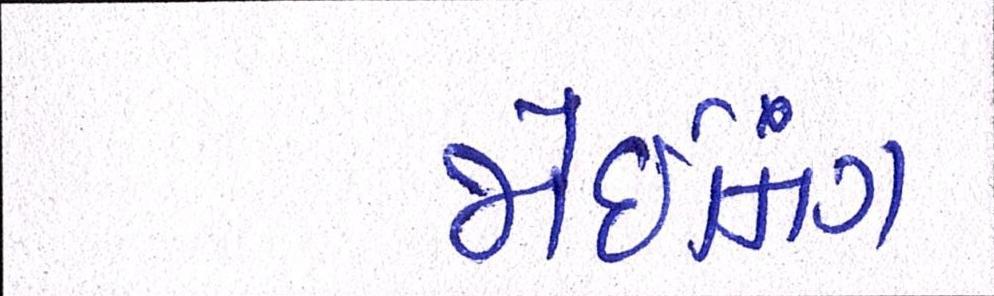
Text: જોઇનિંગ